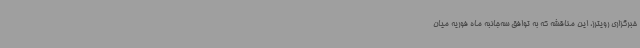
خبرگزاری رویترز، این مناقشه که به توافق سه‌جانبه‌ ماه فوریه میان